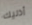
أذنيك